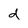
Character: d